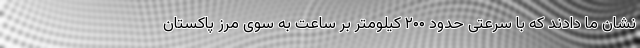
نشان ما دادند که با سرعتی حدود ۲۰۰ کیلومتر بر ساعت به سوی مرز پاکستان